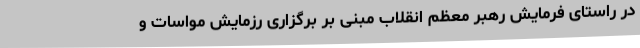
در راستای فرمایش رهبر معظم انقلاب مبنی بر برگزاری رزمایش مواسات و